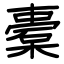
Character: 橐